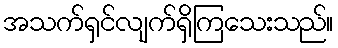
အသက်ရှင်လျက်ရှိကြသေးသည်။